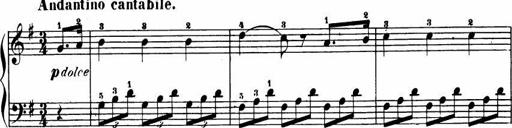
Title: Le bouquetier
Composer: Anton Diabelli
Key: G major
 C major
 F major
 C major